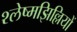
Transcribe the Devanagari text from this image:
श्लेष्मझिल्लियों